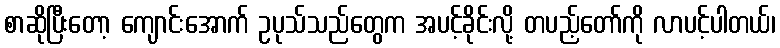
စာဆိုပြီးတော့ ကျောင်းအောက် ဥပုသ်သည်တွေက အပင့်ခိုင်းလို့ တပည့်တော်ကို လာပင့်ပါတယ်၊